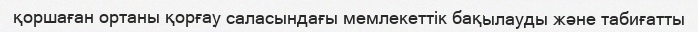
қоршаған ортаны қорғау саласындағы мемлекеттік бақылауды және табиғатты